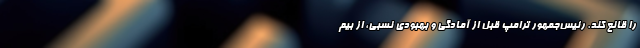
را قانع کند. رئیس‌جمهور ترامپ قبل از آمادگی و بهبودی نسبی، از بیم